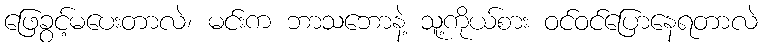
ဖြေခွင့်မပေးတာလဲ၊ မင်းက ဘာသဘောနဲ့ သူ့ကိုယ်စား ဝင်ဝင်ပြောနေရတာလဲ